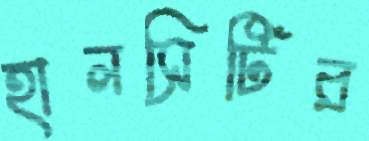
হালসিটির